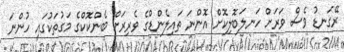
ރޭގަނޑު ވެސް ވަރަށް ހަނލަބޮލިކޮށް އޮންނަ ތައިލެންޑްގެ ވެރިރަށް ބެންކޮކްގެ މަގުތަކުގައި ހުންނަ